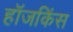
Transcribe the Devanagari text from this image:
हॉजकिंस